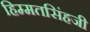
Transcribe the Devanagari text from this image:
हिम्मतसिंहजी